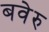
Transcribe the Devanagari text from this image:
बवेरु